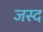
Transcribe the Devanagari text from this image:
जस्द